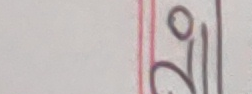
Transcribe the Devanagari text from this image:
आी